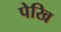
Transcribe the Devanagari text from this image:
पेखि